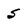
Character: 5